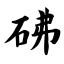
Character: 砩